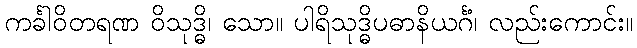
ကင်္ခါဝိတရဏ ဝိသုဒ္ဓိ၊ သော။ ပါရိသုဒ္ဓိပဓာနိယင်္ဂံ၊ လည်းကောင်း။